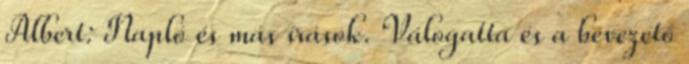
Albert: Napló és más írások. Válogatta és a bevezető